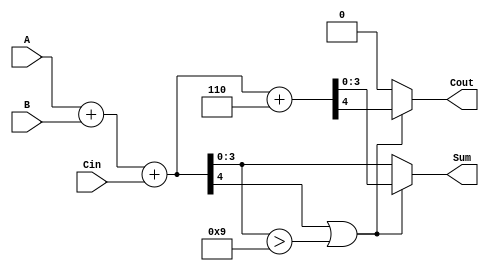
module BCD_Parallel_Adder (
    input  wire [3:0] A,      // First BCD digit
    input  wire [3:0] B,      // Second BCD digit
    input  wire Cin,          // Carry-in
    output reg  [3:0] Sum,    // Resulting BCD digit
    output reg  Cout          // Carry-out
);

    wire [4:0] S;             // Intermediate sum (5 bits to accommodate overflow)
    wire correction_needed;    // Flag for correction

    // Step 1: Add A, B, and Cin
    assign S = A + B + Cin;

    // Step 2: Check if correction is needed (if S > 9)
    assign correction_needed = S[4] || (S[3:0] > 4'b1001);

    // Step 3: Compute the final BCD result
    always @(*) begin
        if (correction_needed) begin
            // If correction is needed, add 6 (0110)
            {Cout, Sum} = S + 5'b00110; // 5'b00110 is 6 in binary
        end else begin
            // No correction needed
            Cout = 1'b0;
            Sum = S[3:0]; // Assign lower 4 bits of S
        end
    end

endmodule